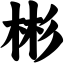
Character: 彬